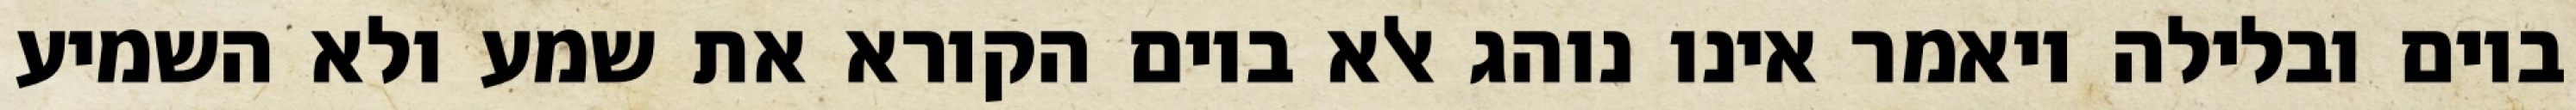
ביום ובלילה ויאמר אינו נוהג אלא ביום הקורא את שמע ולא השמיע